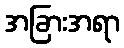
အခြားအရာ